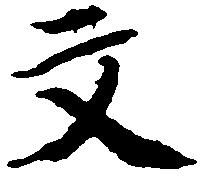
文